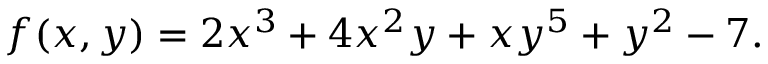
f ( x , y ) = 2 x ^ { 3 } + 4 x ^ { 2 } y + x y ^ { 5 } + y ^ { 2 } - 7 .